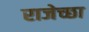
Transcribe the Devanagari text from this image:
राजेच्छा